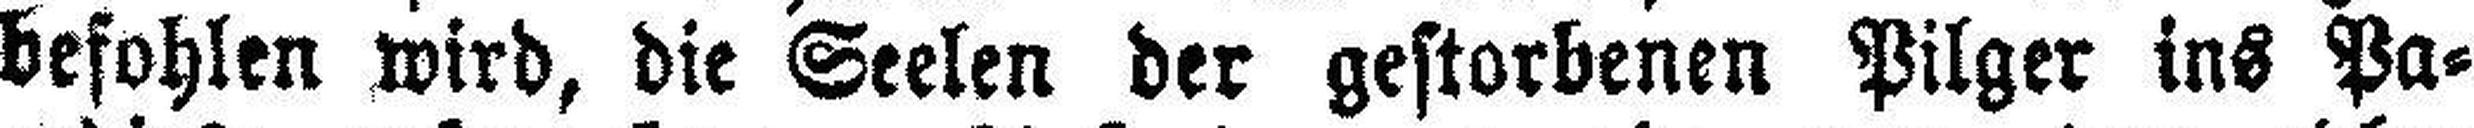
befohlen wird, die Seelen der gestorbenen Pilger ins Pa¬